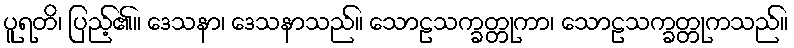
ပူရတိ၊ ပြည့်၏။ ဒေသနာ၊ ဒေသနာသည်။ သောဠသက္ခတ္တုကာ၊ သောဠသက္ခတ္တုကသည်။